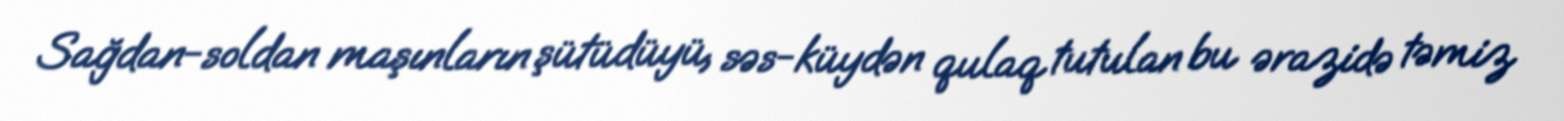
Sağdan-soldan maşınların şütüdüyü, səs-küydən qulaq tutulan bu ərazidə təmiz